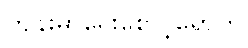
ကျန်းမာရေးစောင့်ရှောက်